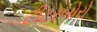
ટીટરબોરો